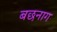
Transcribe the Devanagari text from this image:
बछनाग